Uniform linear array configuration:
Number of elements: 64
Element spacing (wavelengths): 1
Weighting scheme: hamming
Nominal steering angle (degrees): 60
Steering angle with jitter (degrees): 60.944
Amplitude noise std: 0.05
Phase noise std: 0.05

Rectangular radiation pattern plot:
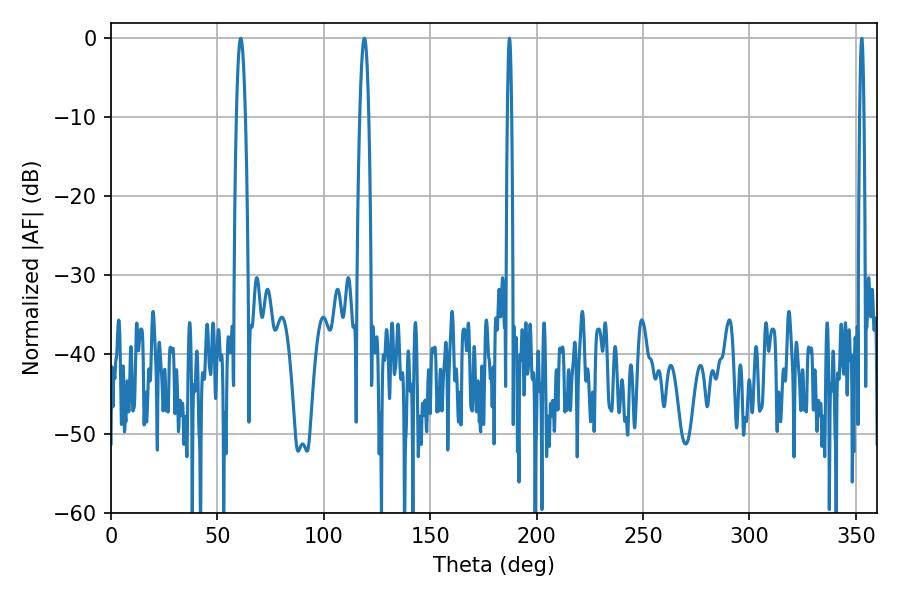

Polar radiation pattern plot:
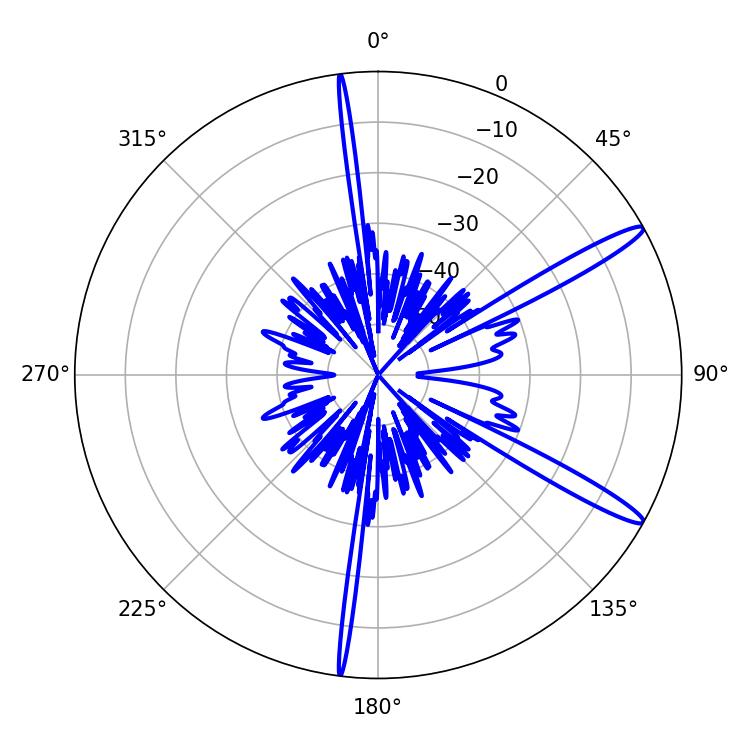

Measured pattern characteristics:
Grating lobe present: TRUE
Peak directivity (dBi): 14.417
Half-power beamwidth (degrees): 1.08
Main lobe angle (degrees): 187.2